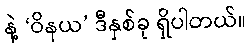
နဲ့ ‘ဝိနယ’ ဒီနှစ်ခု ရှိပါတယ်။